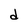
Character: d